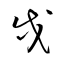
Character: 戌